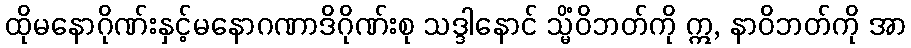
ထိုမနောဂိုဏ်းနှင့်မနောဂဏာဒိဂိုဏ်းစု သဒ္ဒါနောင် သ္မိံဝိဘတ်ကို ဣ, နာဝိဘတ်ကို အာ